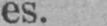
es.